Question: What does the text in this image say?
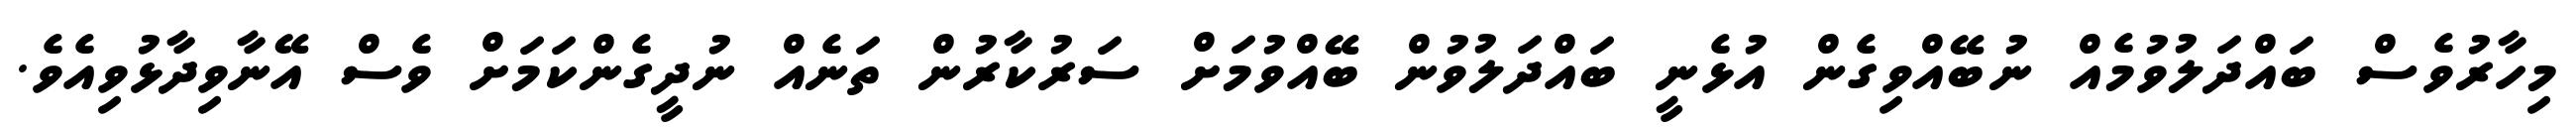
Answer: މިހާރުވެސް ބައްދަލުވުމެއް ނުބޭއްވިގެން އުޅެނީ ބައްދަލުވުން ބޭއްވުމަށް ސަރުކާރުން ތަނެއް ނުދީގެންކަމަށް ވެސް އޭނާވިދާޅުވިއެވެ.